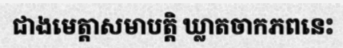
ជាងមេត្តាសមាបត្តិ ឃ្លាតចាកភពនេះ